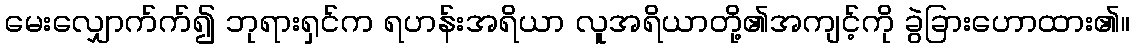
မေးလျှောက်က်၍ ဘုရားရှင်က ရဟန်းအရိယာ လူအရိယာတို့၏အကျင့်ကို ခွဲခြားဟောထား၏။